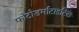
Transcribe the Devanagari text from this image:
फोटोडर्माटाइटिस